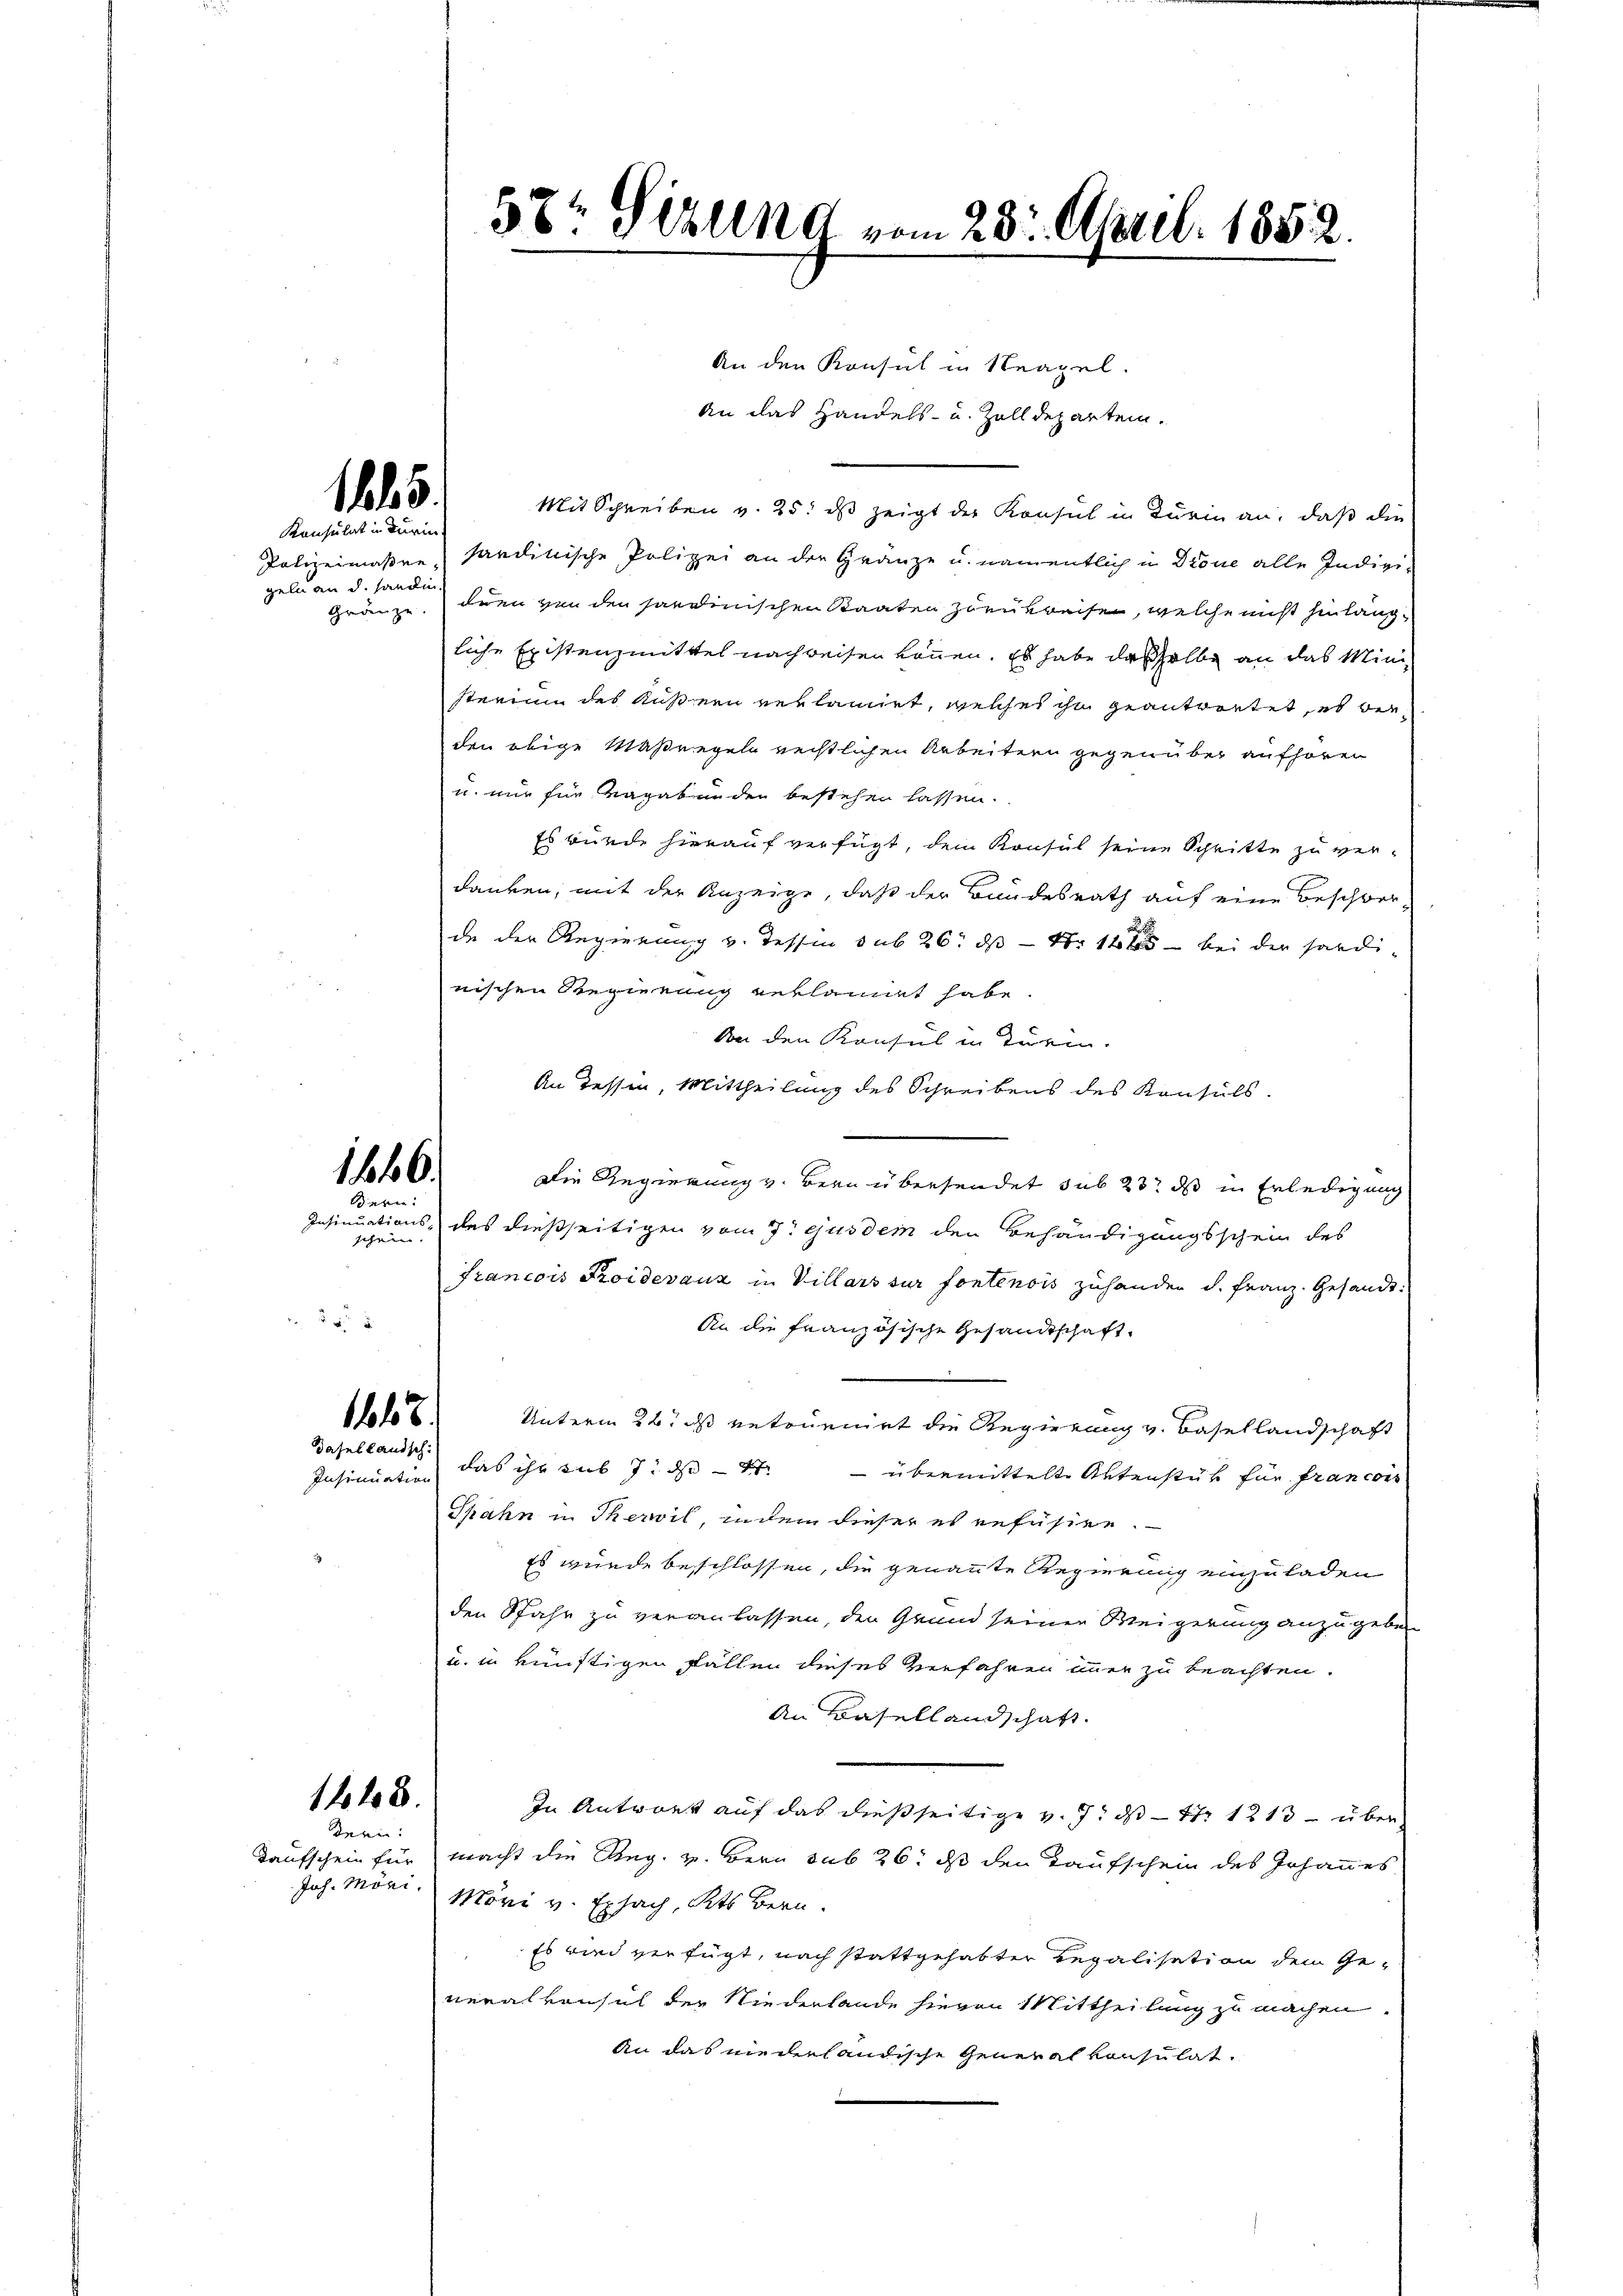
geln an d. handen.

1865.
Konsulat in Dürin.

11646.
Bern:

schen.

158
dasellandsch

1448.
dern:

57t Sizung vom 23. April 1852.

An den Konsul in Neapel.
An das Handels- u. Zolldeparten.
Mit Schreiben v. 25. ds zeigt der Konsul in Turin an, daß die
Polizeimaßen, sanditische Polizei an der Gränze u. namentlich in Drone alle Indivigränze. Inen von den jardinischen Staaten Zurukreisen, welche nicht hinlängliche Existenzmittel nachweisen können. Es habe dasselbe an das Ministerium des Äußern reklamirt, welches ihn geantwortet, es beiden obige Maßregeln rechtlichen Arbeitern gegenüber aufhören
u. nur für Vagabunden bestehen lassen.
Es wurde hierauf verfügt, dem Konsul seine Schritte zu verdanken, mit der Anzeige, daß der Bundesrath auf eine Beschwerde der Regierung v. Tessin sub 26. ds No 145 — bei der hardinischen Regierung reklamirt habe.
Von den Konsul in Turin.
An Tessin, Mittheilung des Schreibens des Konsuls.
Die Regierung v. Bern übersendet sub 23. ds in Erledigung
Insinuations- des dießseitigen vom 7t ejusdem den Behändigungsschein des
Francois Troidevanz in Villars sur fontenois zuhander d. Franz. Gesandt.
An die französische Gesandtschaft
Unterm 24t ds retournirt die Regierung v. Basellandschaft
Insinuation das ihr sub 7. ds. übermittelte Aktenstück für francons
Thahn in Therwil, indem dieser es refüsien.
Es wurde beschlossen, die genannte Regierung einzuladen
den Spahr zu veranlassen, den Grund seiner Weigerung anzugeben
u. in künftigen Fällen dieses Verfahren immer zu beachten.
An Basellandschaft.
In Antwort auf das dießseitige v. 7. ds Nr 113 – über¬
Kaufschein für macht die Reg. v. Bern sub 26. ds den Taufschein des Johannes
Joh. Möri. Möri v. Ersach, Kts Bern.
Es wird verfügt, nach stattgehabter Regalisation dem Ge-
neralkonsul der Niederlande hievon Mittheilung zu machen.
An das niederländische Generalkonsulat